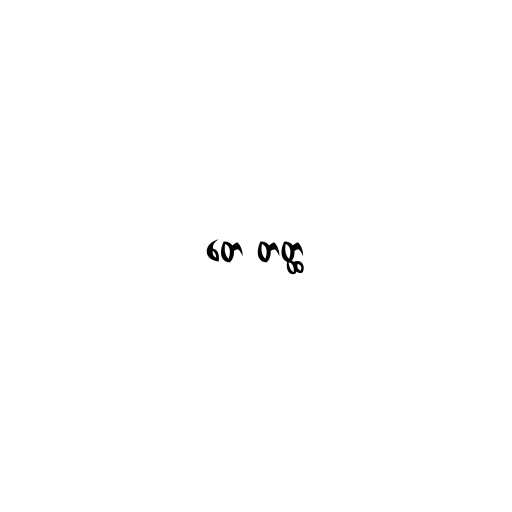
တေ တတ္ထ